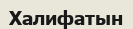
Халифатын